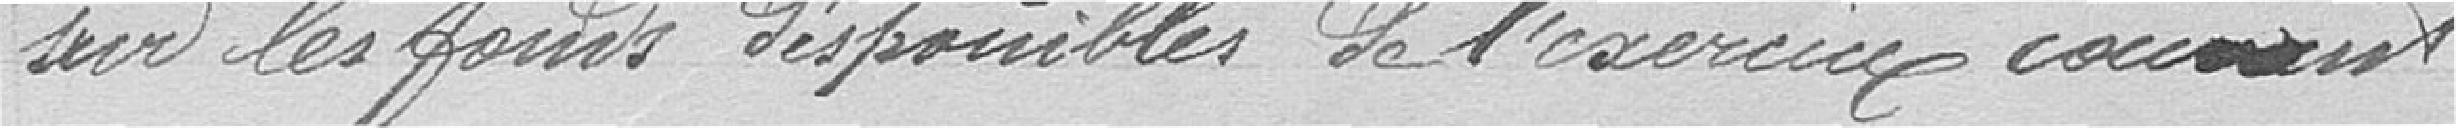
sur les fonds disponibles de l'exercice courant.